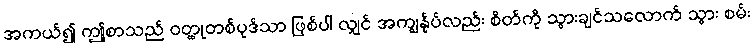
အကယ်၍ ဤစာသည် ဝတ္ထုတစ်ပုဒ်သာ ဖြစ်ပါ လျှင် အကျွန်ုပ်လည်း စိတ်ကို သွားချင်သလောက် သွား စမ်း